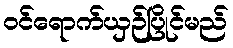
ဝင်ရောက်ယှဉ်ပြိုင်မည်